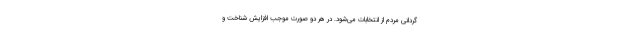
‌گردانی مردم از انتخابات می‌شود. در هر دو صورت موجب افزایش شناخت و